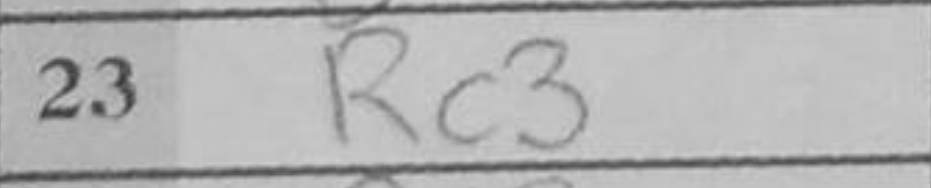
Transcription: Rc3